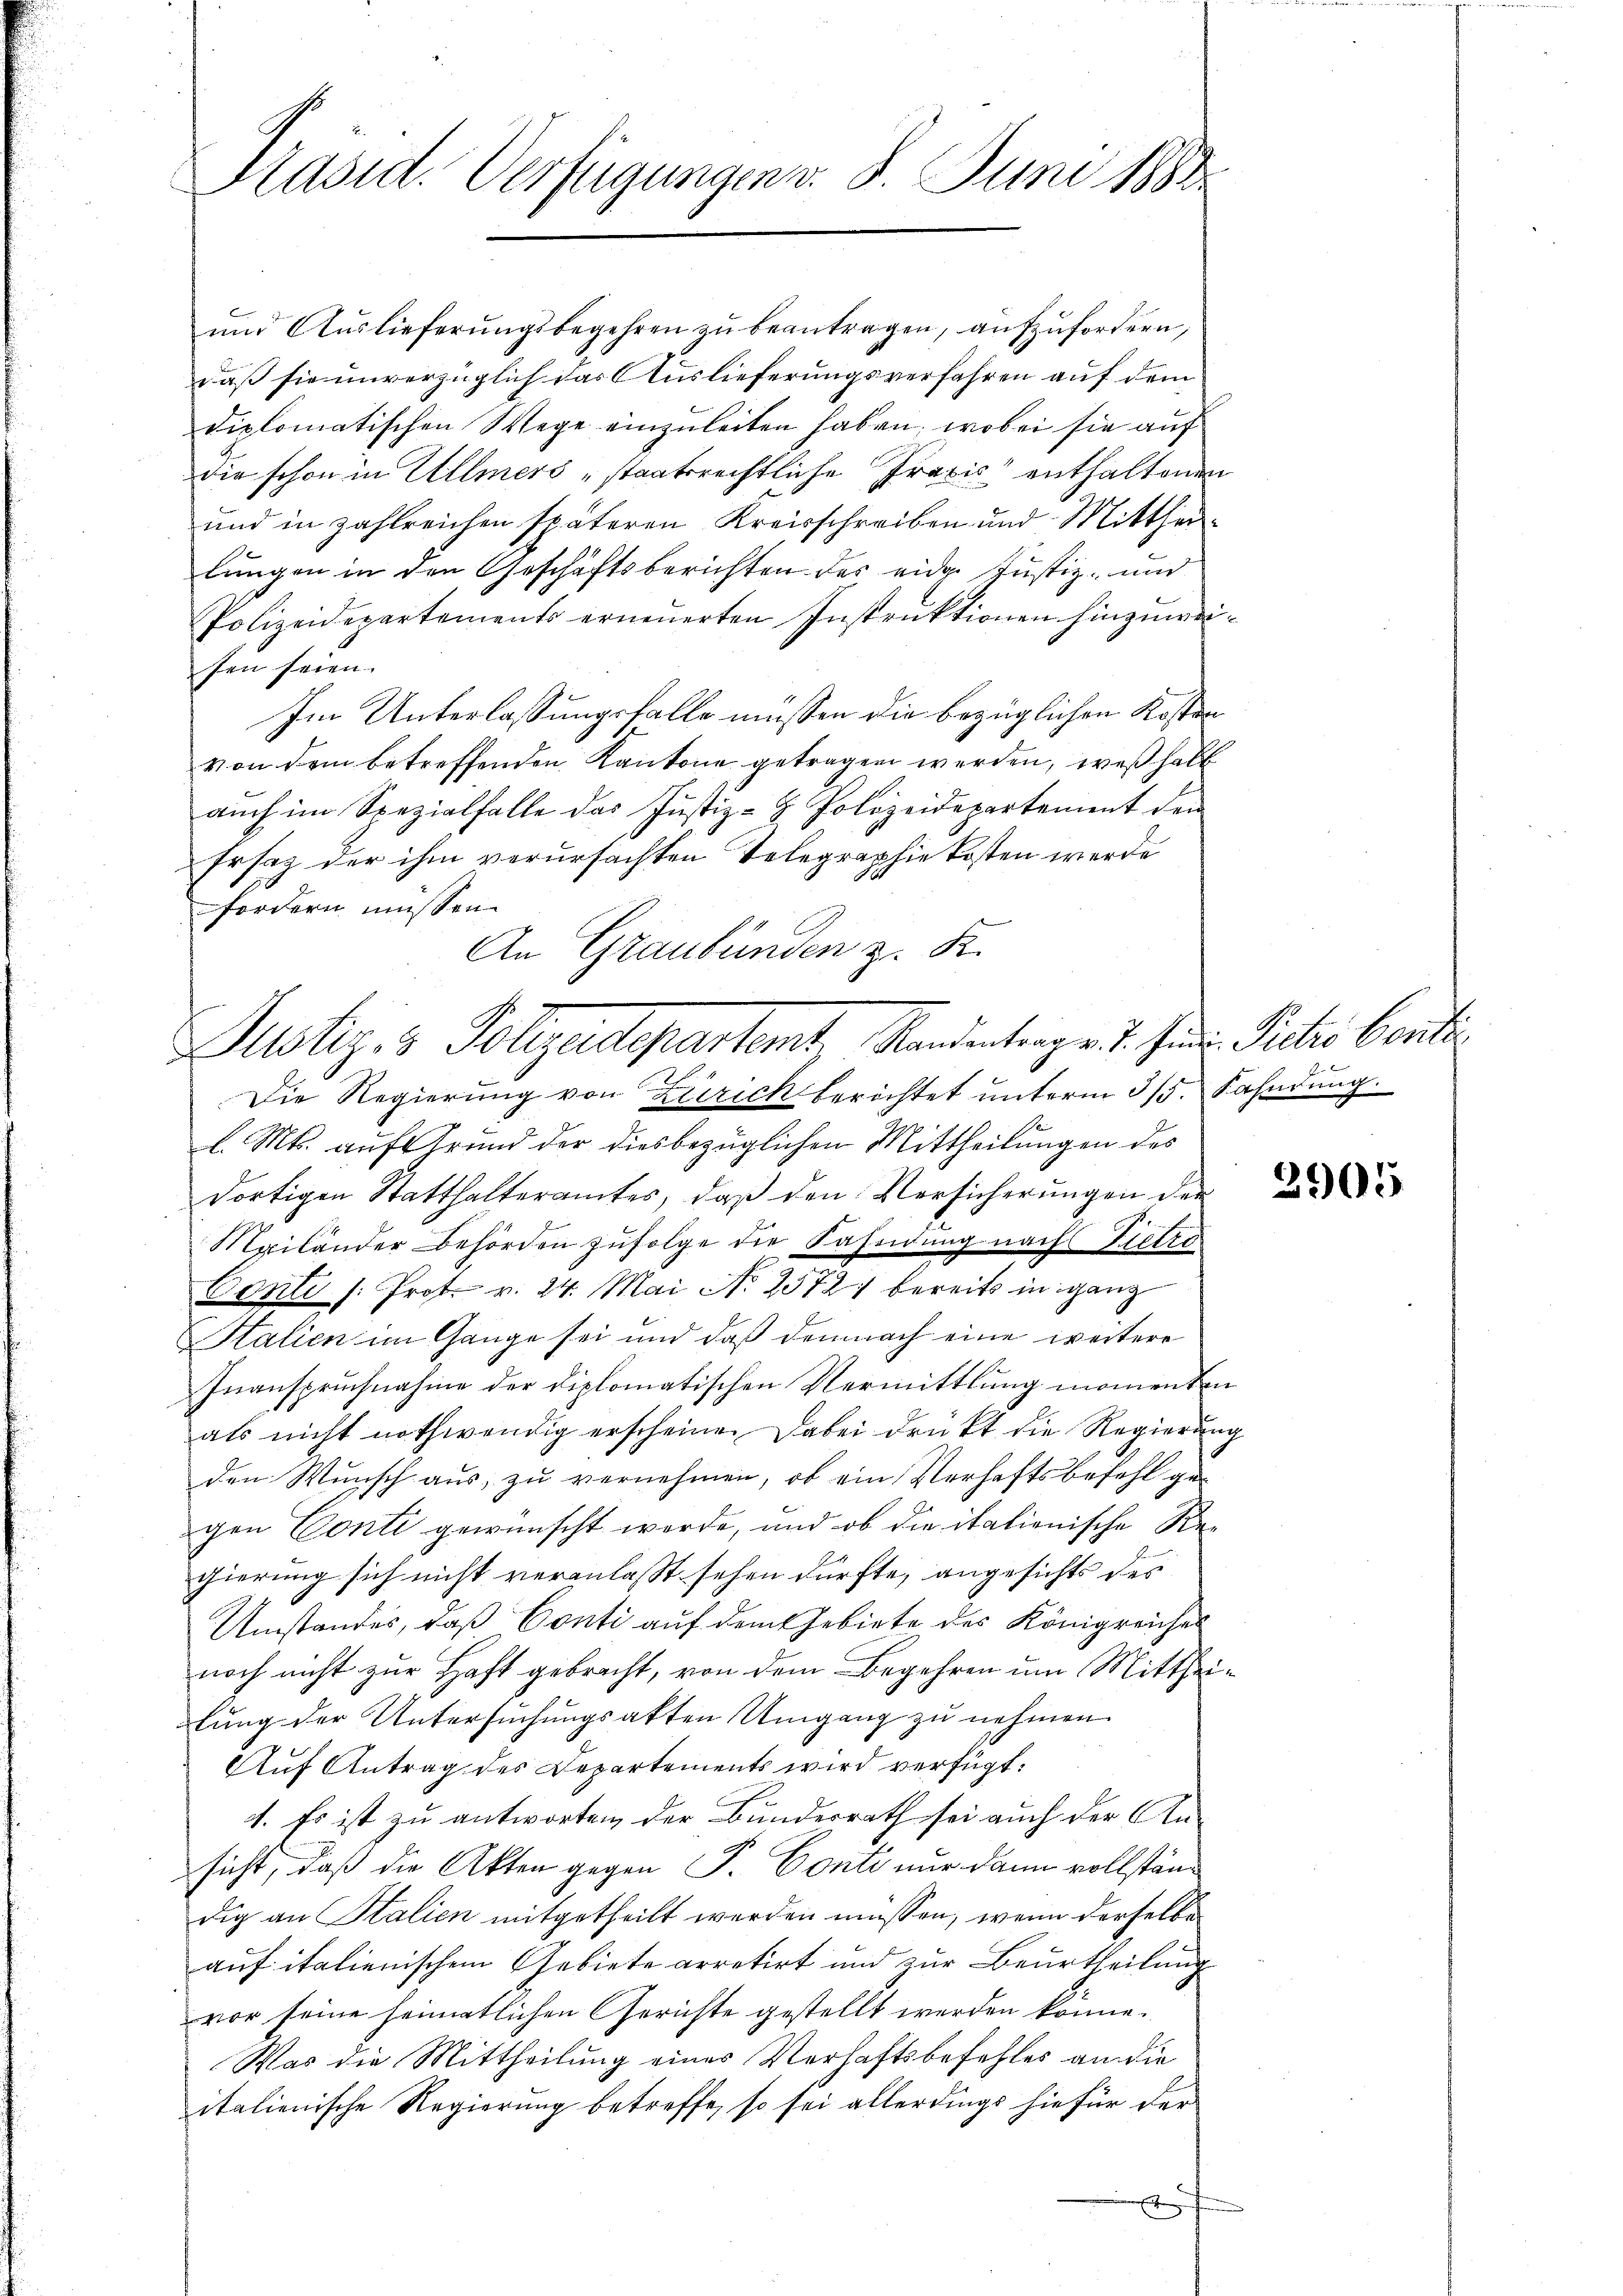
Präsid. Verfügungen v. 8. Juni 1883

Justiz & Polizeidepartemt. Randentrag v. 7. Juni. Piets besti

ŭnd Auslieferŭngsbegehren zŭ beantragen, aufzufordern,
daß sie unverzüglich das Auslieferungsverfahren auf dem
diplomatischen Wege einzuleiten haben, wobei sie auf
die schon in Ullmers staatsrechtliche Praxis enthaltenen
und in zahlreichen späteren Kreisschreiben und Mittheilungen in den Geschäftsberichten des eider Justiz- und
Polizeidepartements erneuerten Instruktionen hinzuweisen seien.
Im Unterlassungsfalle müssen die bezüglichen Kosten
von dem betreffenden Kantone getragen werden, weshalt
auch im Spezialfalle das Justiz- & Polizeidepartement dem
Ersatz der ihm verursachten Telegraphie kosten werde
fordern müssen.
An Graubünden z. K.
Die Regierung von Zürich berichtet unterm 315. Fahndung.
l. Mts. auf Grund der diesbezüglichen Mittheilungen des
dortigen Statthalteramtes, daß den Versicherungen der
Mailänder Behörden zufolge die Fahndung nachs Pietro
Conti /: Prot. v. 24. Mai N. 2572: bereits in ganz
Italien im Gange sei und daß demnach eine weitere
Inanspruchnahme der diplomatischen Vermittlung momenten
als nicht nothwendig erscheine. Dabei drückt die Regierung
den Wunsch aus, zu vernehmen, ob ein Verhaftsbefehl gegen Conti gewünscht werde, und ob die italienische Regierung sich nicht veranlasst sehen dürfte, angesichts des
Umstandes, daß Conti auf dem Gebiete des Königreiches
noch nicht zur Haft gebracht, von dem Begehren um Mittheilung der Untersuchungsakten Umgang zu nehmen.
Auf Antrag des Departements wird verfügt:
4. Es ist zu antworten der Bundesrath sei auch der Ansicht, daß die Akten gegen P. Conti nur dann vollständig an Stalien mitgetheilt werden müssen, wenn derselbe
auf italienischem Gebiete arretirt und zur Beurtheilung
vor seine heimatlichen Gerichte gestellt werden könne.
Was die Mittheilung eines Verhaftsbefehles an die
italienische Regierung betreffe, so sei allerdings hiefür der

2905